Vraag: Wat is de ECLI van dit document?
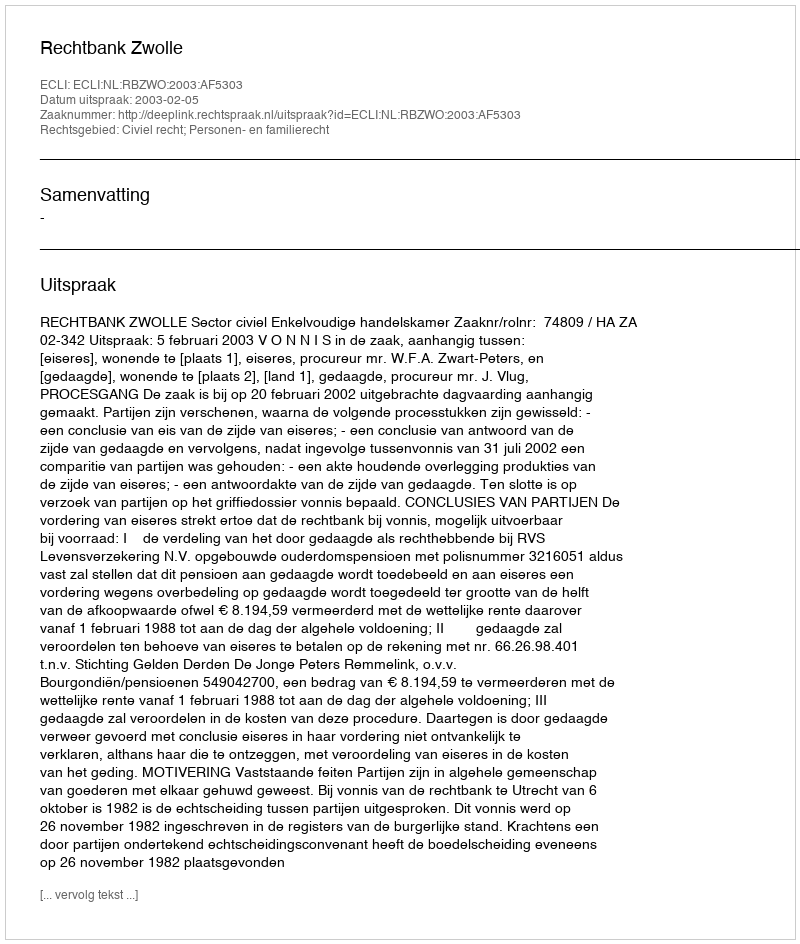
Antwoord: ECLI:NL:RBZWO:2003:AF5303